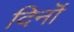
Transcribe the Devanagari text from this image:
दिनॊं